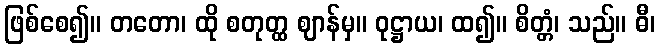
ဖြစ်စေ၍။ တတော၊ ထို စတုတ္ထ ဈာန်မှ။ ဝုဋ္ဌာယ၊ ထ၍။ စိတ္တံ၊ သည်။ ဓီ၊